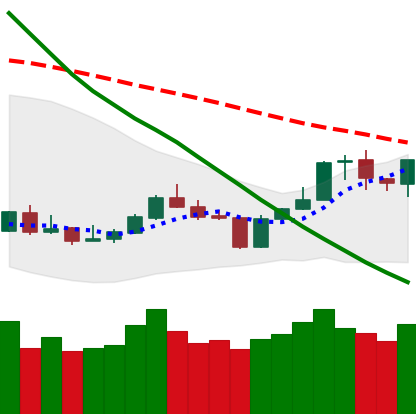
Ticker: BNB-USD
Chart end date: 2020-01-10
Forward return: 17.496%
Label: up_7plus